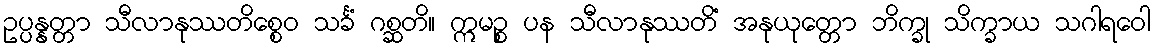
ဥပ္ပန္နတ္တာ သီလာနုဿတိစ္စေဝ သင်္ခံ ဂစ္ဆတိ။ ဣမဉ္စ ပန သီလာနုဿတိံ အနုယုတ္တော ဘိက္ခု သိက္ခာယ သဂါရဝေါ